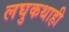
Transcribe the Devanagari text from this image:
लघुकथाही